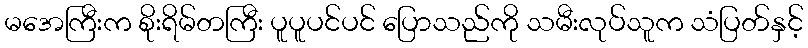
မအေကြီးက စိုးရိမ်တကြီး ပူပူပင်ပင် ပြောသည်ကို သမီးလုပ်သူက သံပြတ်နှင့်